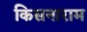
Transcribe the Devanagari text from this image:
किसनाराम